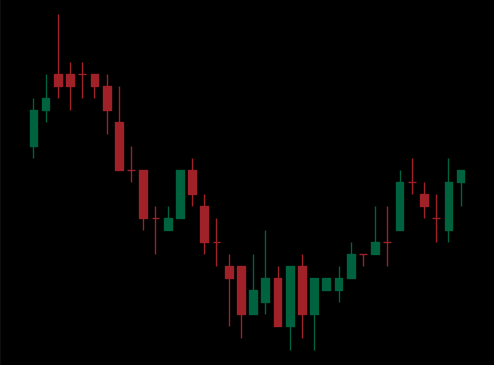
Pattern: bull_flag